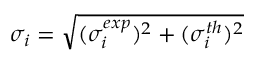
\sigma _ { i } = \sqrt { ( \sigma _ { i } ^ { e x p } ) ^ { 2 } + ( \sigma _ { i } ^ { t h } ) ^ { 2 } }